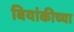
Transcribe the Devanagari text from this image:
बियांकीच्या